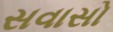
સવાસો